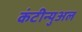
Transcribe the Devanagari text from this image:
कंटीन्युअल